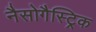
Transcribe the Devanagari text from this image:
नैसोगैस्ट्रिक